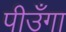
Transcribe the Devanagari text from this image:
पीउँगा